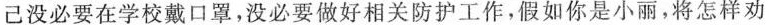
己没必要在学校戴口罩，没必要做好相关防护工作，假如你是小丽，将怎样劝